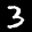
Label: 3